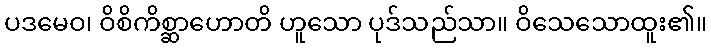
ပဒမေဝ၊ ဝိစိကိစ္ဆာဟောတိ ဟူသော ပုဒ်သည်သာ။ ဝိသေသောထူး၏။